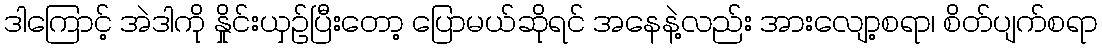
ဒါကြောင့် အဲဒါကို နှိုင်းယှဉ်ပြီးတော့ ပြောမယ်ဆိုရင် အနေနဲ့လည်း အားလျော့စရာ၊ စိတ်ပျက်စရာ